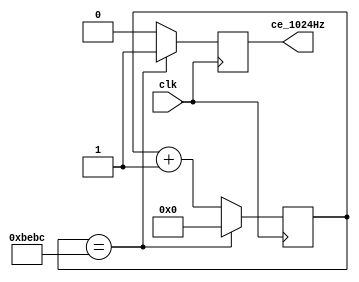
module gen_ce_1024Hz(input clk, output reg ce_1024Hz); // generate a 1024Hz clock

reg [15:0] gen_1024Hz_counter;
initial gen_1024Hz_counter = 0;

always @(posedge clk)
begin
	if(gen_1024Hz_counter == 48828)
	begin
		gen_1024Hz_counter=0;
		ce_1024Hz=1;
	end
	else
	begin
		gen_1024Hz_counter=gen_1024Hz_counter+1;
		ce_1024Hz=0;
	end
end
endmodule